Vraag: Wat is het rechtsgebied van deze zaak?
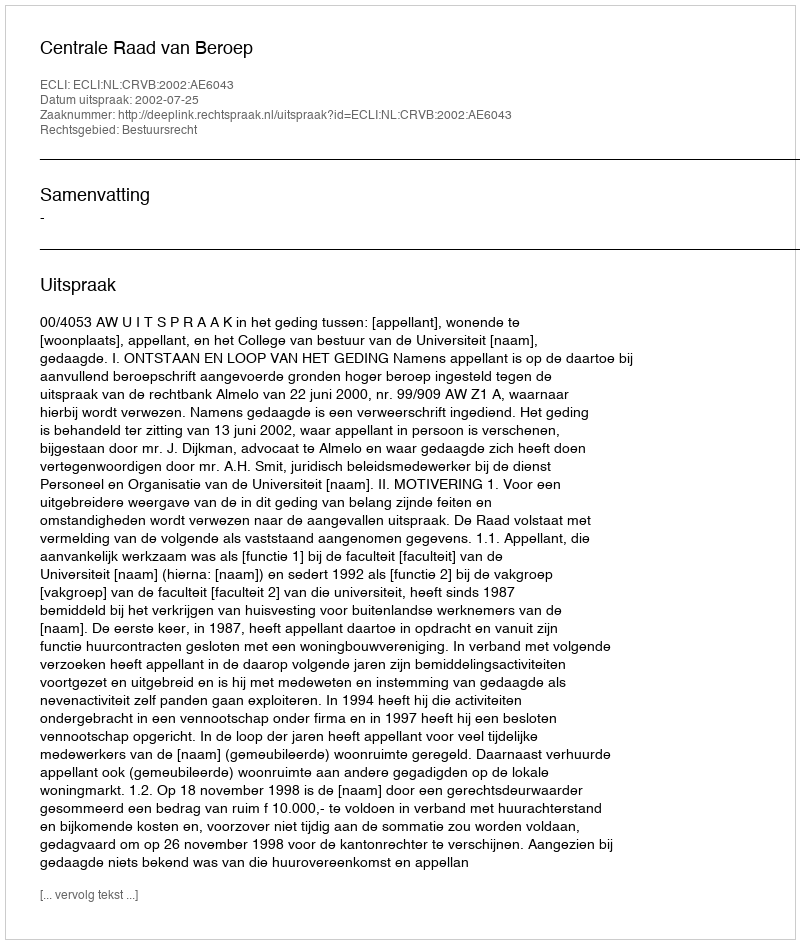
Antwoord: Bestuursrecht